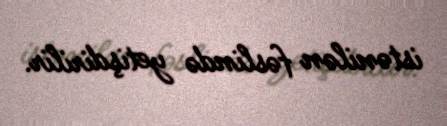
istənilən fəslində yetişdirilir.